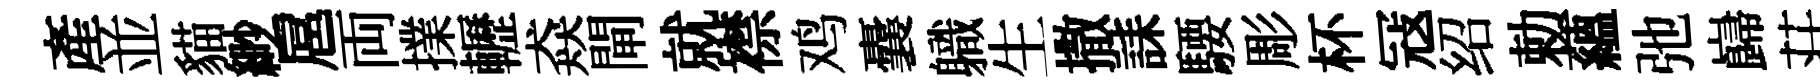
產並貓緲扈両擈轣猋閘就襟鸡囊軄生撒誄騕彫杯冦绍勅蘊弛巋荘